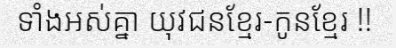
ទាំងអស់គ្នា យុវជនខ្មែរ-កូនខ្មែរ !!